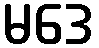
မဒေ